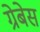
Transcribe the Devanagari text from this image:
ग्रेबेस